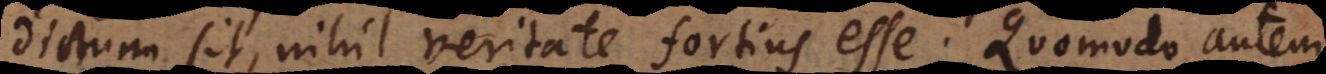
dictum sit, nihil veritate fortius esse. Quomodo autem